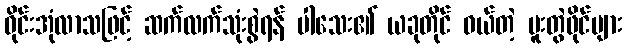
ဝိုင်းအုံလာသဖြင့် ဆက်လက်သုံးစွဲရန် ပါသေး၏ ယခုတိုင် ဝယ်တဲ့ ပူးတွဲဖိုင်များ